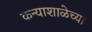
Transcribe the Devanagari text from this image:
कन्याशाळेच्या